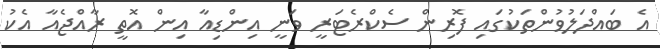
އެ ބައްދަލުވުންތަކުގައި ފޮރިން ސެކްރެޓަރީ ވަނީ އިންޑިއާ އިން އޮތީ ރާއްޖެއާ އެކު